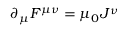
\partial _ { \mu } F ^ { \mu \nu } = \mu _ { 0 } J ^ { \nu }